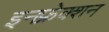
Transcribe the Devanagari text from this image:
इनफ्रेक्शन